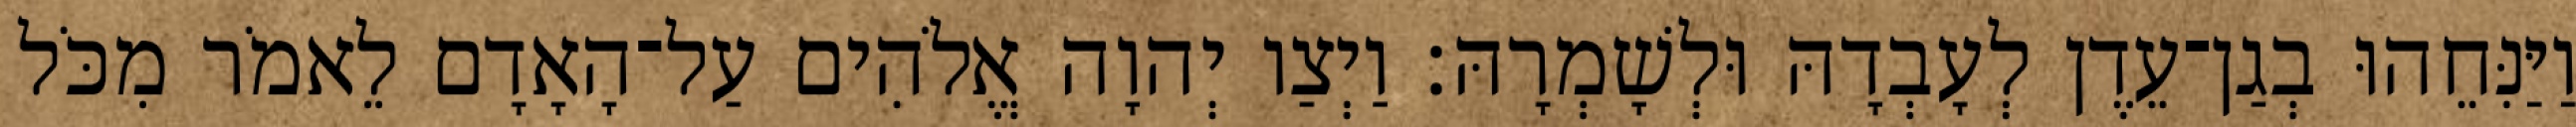
וַיַּנִּחֵהוּ בְגַן־עֵדֶן לְעָבְדָהּ וּלְשָׁמְרָהּ׃ וַיְצַו יְהוָה אֱלֹהִים עַל־הָאָדָם לֵאמֹר מִכֹּל